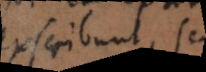
exscribunt, sed